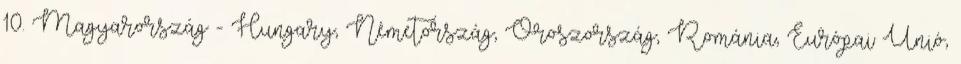
10. Magyarország - Hungary, Németország, Oroszország, Románia, Európai Unió,